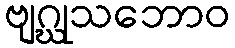
ဗျဂ္ဃုသဘောဝ